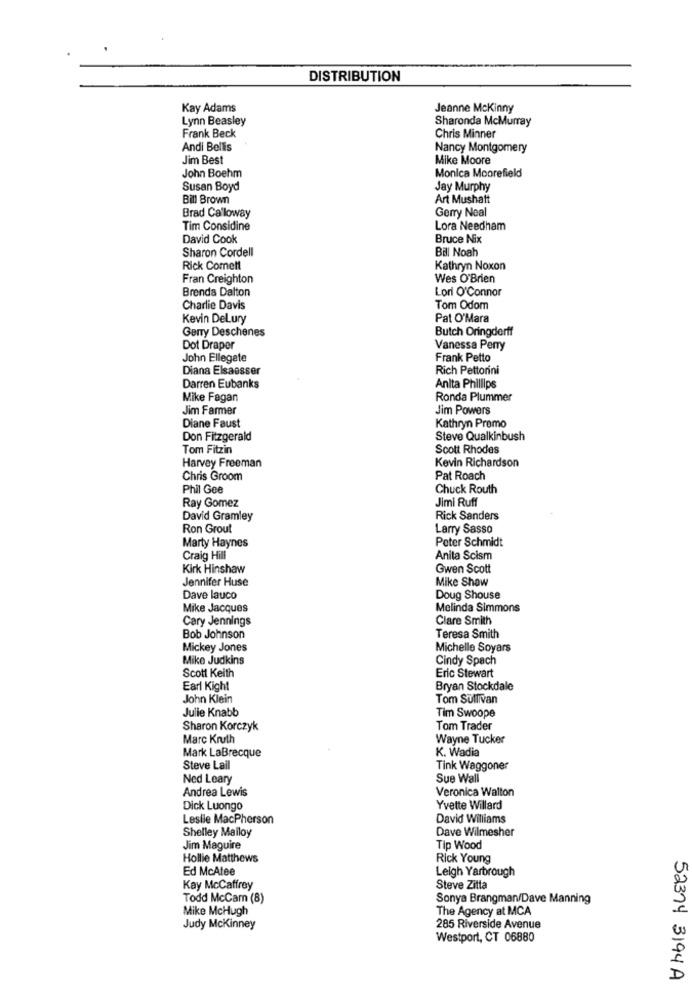
DISTRIBUTION
Kay Adams
Jeanne Mckinny
Lynn Beasley
Sharonda McMurray
Frank Beck
Chris Minner
Andi Bellis
Nancy Montgomery
Jim Best
Mike Moore
John Boehm
Monica Moorefield
Susan Boyd
Jay Murphy
Bill Brown
Art Mushatt
Gerry Neal
Brad Ca'loway
Tim Considine
Lora Needham
David Cook
Bruce Nix
Sharon Cordell
Bill Noah
Rick Coment
Kathryn Noxon
Fran Creighton
Wes O'Brien
Brenda Dalton
Lori O'Connor
Charlie Davis
Tom Odom
Kevin Delury
Pat O'Mara
Gerry Deschenes
Butch Oringderff
Dot Draper
Vanessa Perry
John Ellegate
Frank Petto
Diana Elsaesser
Rich Pettorini
Darren Eubanks
Anita Phillips
Mike Fagan
Ronda Plummer
Jim Farmer
Jim Powers
Diane Faust
Kathryn Promo
Don Fitzgerald
Steve Qualkinbush
Tom Fitzin
Scott Rhodes
Harvey Freeman
Kevin Richardson
Chris Groom
Pat Roach
Phil Gee
Chuck Routh
Jimi Ruff
Ray Gomez
David Gramley
Rick Sanders
Ron Grout
Larry Sasso
Marty Haynes
Peter Schmidt
Craig Hill
Anita Scism
Kirk Hinshaw
Gwen Scott
Jennifer Huse
Mike Show
Dave lauco
Doug Shouse
Mike Jacques
Melinda Simmons
Cary Jennings
Clare Smith
Bob Johnson
Teresa Smith
Mickey Jones
Michelle Soyars
Mike Judkins
Cindy Spach
Scott Keith
Eric Stewart
Earl Kight
Bryan Stockdale
John Klein
Tom Sullivan
Julie Knabb
Tim Swoope
Sharon Korczyk
Tom Trader
Marc Kruth
Wayne Tucker
K. Wadia
Mark LaBrecque
Steve Lail
Tink Waggoner
Ned Leary
Sue Wall
Andrea Lewis
Veronica Walton
Dick Luongo
Yvette Willard
Leslie MacPherson
David Williams
Shelley Malloy
Dave Wilmesher
Jim Maguire
Tip Wood
Hollie Matthews
Rick Young
Ed McAtee
Leigh Yarbrough
Kay McCaffrey
Steve Zitta
Todd McCam (8)
Sonya Brangman/Dave Manning
Mike McHugh
The Agency at MCA
Judy Mckinney
285 Riverside Avenue
Westport, CT 06880
52374 3194A